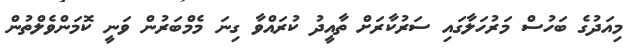
މިއަދުގެ ބަހުސް މަރުހަލާގައި ސަރުކާރަށް ތާއީދު ކުރައްވާ ގިނަ މެމްބަރުން ވަނީ ކޮމަންވެލްތުން